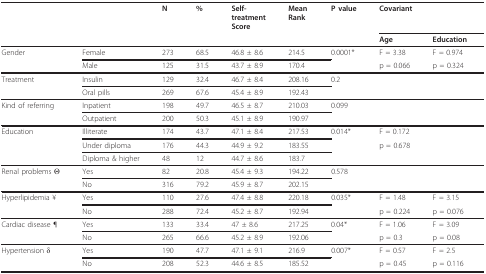
<table><thead><tr><td></td><td></td><td><b>N</b></td><td><b>%</b></td><td><b>Self-treatmentScore</b></td><td><b>MeanRank</b></td><td><b>P value</b></td><td colspan="2"><b>Covariant</b></td></tr><tr><td></td><td></td><td></td><td></td><td></td><td></td><td></td><td><b>Age</b></td><td><b>Education</b></td></tr></thead><tbody><tr><td>Gender</td><td>Female</td><td>273</td><td>68.5</td><td>46.8 ± 8.6</td><td>214.5</td><td>0.0001*</td><td>F = 3.38</td><td>F = 0.974</td></tr><tr><td></td><td>Male</td><td>125</td><td>31.5</td><td>43.7 ± 8.9</td><td>170.4</td><td></td><td>p = 0.066</td><td>p = 0.324</td></tr><tr><td>Treatment</td><td>Insulin</td><td>129</td><td>32.4</td><td>46.7 ± 8.4</td><td>208.16</td><td>0.2</td><td></td><td></td></tr><tr><td></td><td>Oral pills</td><td>269</td><td>67.6</td><td>45.4 ± 8.9</td><td>192.43</td><td></td><td></td><td></td></tr><tr><td>Kind of referring</td><td>Inpatient</td><td>198</td><td>49.7</td><td>46.5 ± 8.7</td><td>210.03</td><td>0.099</td><td></td><td></td></tr><tr><td></td><td>Outpatient</td><td>200</td><td>50.3</td><td>45.1 ± 8.9</td><td>190.97</td><td></td><td></td><td></td></tr><tr><td>Education</td><td>Illiterate</td><td>174</td><td>43.7</td><td>47.1 ± 8.4</td><td>217.53</td><td>0.014*</td><td>F = 0.172</td><td></td></tr><tr><td></td><td>Under diploma</td><td>176</td><td>44.3</td><td>44.9 ± 9.2</td><td>183.55</td><td></td><td>p = 0.678</td><td></td></tr><tr><td></td><td>Diploma &amp; higher</td><td>48</td><td>12</td><td>44.7 ± 8.6</td><td>183.7</td><td></td><td></td><td></td></tr><tr><td>Renal problems Θ</td><td>Yes</td><td>82</td><td>20.8</td><td>45.4 ± 9.3</td><td>194.22</td><td>0.578</td><td></td><td></td></tr><tr><td></td><td>No</td><td>316</td><td>79.2</td><td>45.9 ± 8.7</td><td>202.15</td><td></td><td></td><td></td></tr><tr><td>Hyperlipidemia ¥</td><td>Yes</td><td>110</td><td>27.6</td><td>47.4 ± 8.8</td><td>220.18</td><td>0.035*</td><td>F = 1.48</td><td>F = 3.15</td></tr><tr><td></td><td>No</td><td>288</td><td>72.4</td><td>45.2 ± 8.7</td><td>192.94</td><td></td><td>p = 0.224</td><td>p = 0.076</td></tr><tr><td>Cardiac disease ¶</td><td>Yes</td><td>133</td><td>33.4</td><td>47 ± 8.6</td><td>217.25</td><td>0.04*</td><td>F = 1.06</td><td>F = 3.09</td></tr><tr><td></td><td>No</td><td>265</td><td>66.6</td><td>45.2 ± 8.9</td><td>192.06</td><td></td><td>p = 0.3</td><td>p = 0.08</td></tr><tr><td>Hypertension δ</td><td>Yes</td><td>190</td><td>47.7</td><td>47.1 ± 9.1</td><td>216.9</td><td>0.007*</td><td>F = 0.57</td><td>F = 2.5</td></tr><tr><td></td><td>No</td><td>208</td><td>52.3</td><td>44.6 ± 8.5</td><td>185.52</td><td></td><td>p = 0.45</td><td>p = 0.116</td></tr></tbody></table>